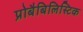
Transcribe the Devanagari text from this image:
प्रोबैबिलिस्टिक